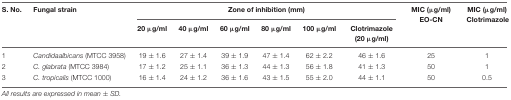
<table><thead><tr><td><b>S. No.</b></td><td><b>Fungal strain</b></td><td colspan="6"><b>Zone of inhibition (mm)</b></td><td><b>MIC (μg/ml) EO-CN</b></td><td><b>MIC (μg/ml) Clotrimazole</b></td></tr><tr><td></td><td></td><td><b>20 μg/ml</b></td><td><b>40 μg/ml</b></td><td><b>60 μg/ml</b></td><td><b>80 μg/ml</b></td><td><b>100 μg/ml</b></td><td><b>Clotrimazole (20 μg/ml)</b></td><td></td><td></td></tr></thead><tbody><tr><td>1</td><td><i>Candidaalbicans</i> (MTCC 3958)</td><td>19 ± 1.6</td><td>27 ± 1.4</td><td>39 ± 1.9</td><td>47 ± 1.4</td><td>62 ± 2.2</td><td>46 ± 1.6</td><td>25</td><td>1</td></tr><tr><td>2</td><td><i>C. glabrata</i> (MTCC 3984)</td><td>17 ± 1.2</td><td>25 ± 1.1</td><td>36 ± 1.3</td><td>44 ± 1.3</td><td>56 ± 1.8</td><td>41 ± 1.3</td><td>50</td><td>1</td></tr><tr><td>3</td><td><i>C. tropicalis</i> (MTCC 1000)</td><td>16 ± 1.4</td><td>24 ± 1.2</td><td>36 ± 1.6</td><td>43 ± 1.5</td><td>55 ± 2.0</td><td>44 ± 1.1</td><td>50</td><td>0.5</td></tr></tbody></table>